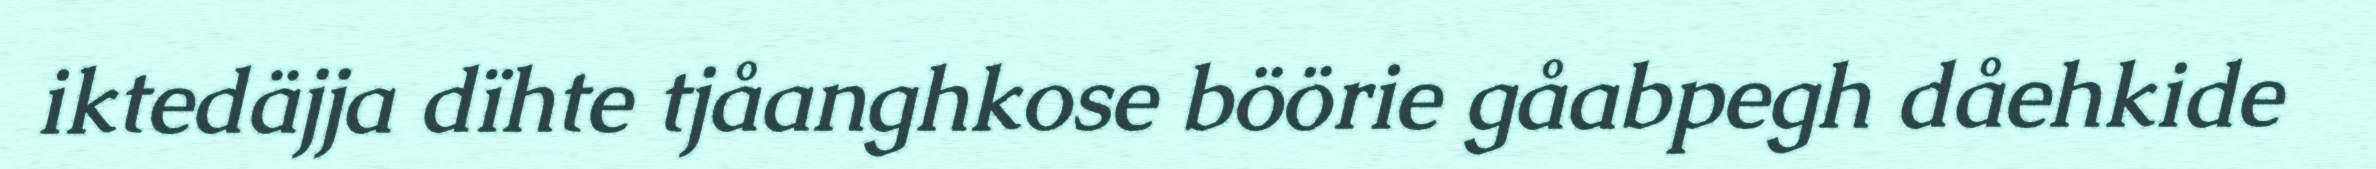
iktedäjja dïhte tjåanghkose böörie gåabpegh dåehkide